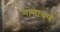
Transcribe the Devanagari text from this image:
नागायण